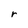
Character: r